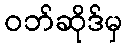
ဝဘ်ဆိုဒ်မှ